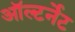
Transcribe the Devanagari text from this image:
ऑल्टर्नेट